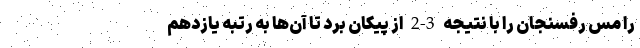
را مس رفسنجان را با نتیجه 3-2 از پیکان برد تا آن‌ها به رتبه یازدهم